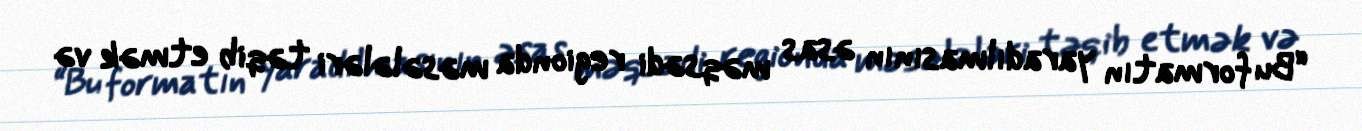
“Bu formatın yaradılmasının əsas məqsədi regionda məsələləri təqib etmək və